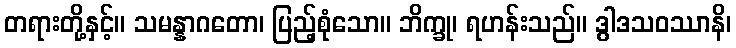
တရားတို့နှင့်။ သမန္နာဂတော၊ ပြည့်စုံသော။ ဘိက္ခု၊ ရဟန်းသည်။ ဒွါဒသဝဿာနိ၊